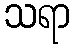
သရာ